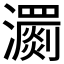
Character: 瀱